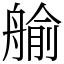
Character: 𦩞